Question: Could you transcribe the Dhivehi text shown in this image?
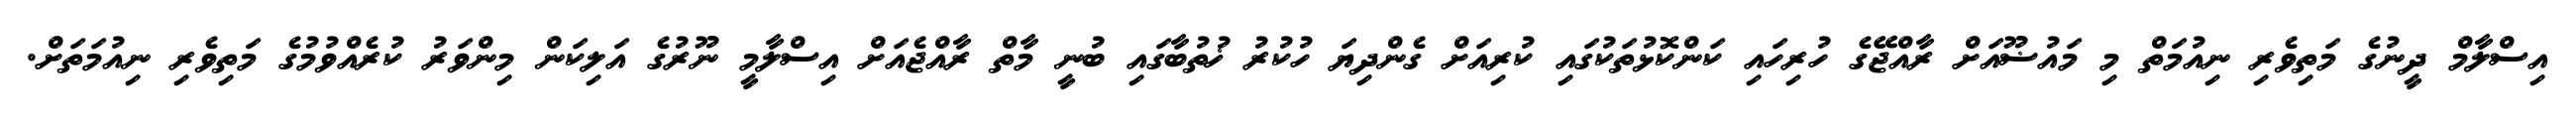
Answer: އިސްލާމް ދީނުގެ މަތިވެރި ނިއުމަތް މި މައުޟޫއަށް ރާއްޖޭގެ ހުރިހައި ކަންކޮޅުތަކުގައި ކުރިއަށް ގެންދިޔަ ހުކުރު ޚުތުބާގައި ބުނީ މާތް ރާއްޖެއަށް އިސްލާމީ ނޫރުގެ އަލިކަން މިންވަރު ކުރެއްވުމުގެ މަތިވެރި ނިއުމަތަށް.